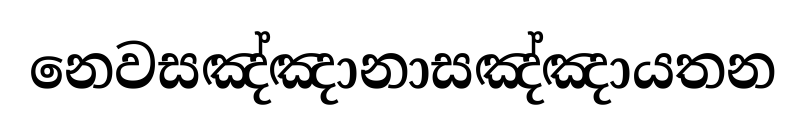
නෙවසඤ්ඤානාසඤ්ඤායතන